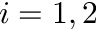
i = 1 , 2